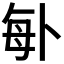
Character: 𠧩